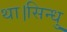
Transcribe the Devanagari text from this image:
था।सिन्धु